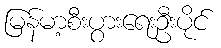
မြန်မာ့စီးပွားရေးဦးပိုင်